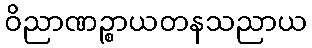
ဝိညာဏဉ္စာယတနသညာယ